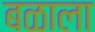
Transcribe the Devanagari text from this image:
बळाला